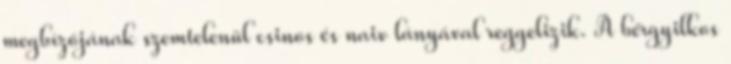
megbízójának szemtelenül csinos és naiv lányával reggelizik. A bérgyilkos